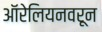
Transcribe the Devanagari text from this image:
ऑरेलियनवरून